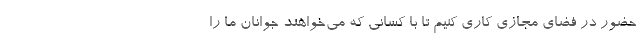
حضور در فضای مجازی کاری کنیم تا با کسانی که می‌خواهند جوانان ما را